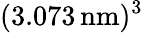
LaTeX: (3.073\, \textrm{nm})^{3}